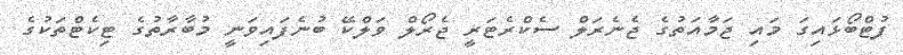
ފުޓްބޯޅައިގަ މައި ޖަމާއަތުގެ ޖެނެރަލް ސެކްރެޓަރީ ޖެރޯލް ވަލްކޭ ބުނެފައިވަނީ މުބާރާތުގެ ޓިކެޓްތަކުގެ